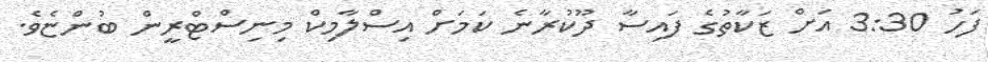
ފަހު 3:30 އަށް ޒަކާތުގެ ފައިސާ ދޫކުރާނެ ކަމަށް އިސްލާމިކް މިނިސްޓްރީން ބުންޏެވެ.